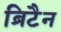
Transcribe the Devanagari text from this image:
ब्रिटैन